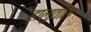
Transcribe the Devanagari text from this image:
हालुवास